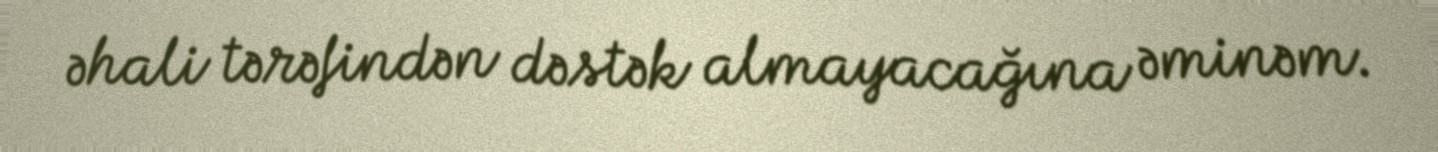
əhali tərəfindən dəstək almayacağına əminəm.